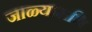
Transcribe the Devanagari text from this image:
जाळ्यामधि